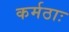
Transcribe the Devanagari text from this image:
कर्मठाः